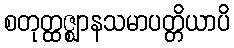
စတုတ္ထဇ္ဈာနသမာပတ္တိယာပိ